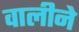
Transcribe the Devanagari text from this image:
वालीने